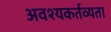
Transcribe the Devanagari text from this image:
अवश्यकर्तव्यता